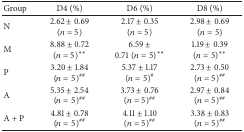
<table><thead><tr><td><b>Group</b></td><td><b>D4 (%)</b></td><td><b>D6 (%)</b></td><td><b>D8 (%)</b></td></tr></thead><tbody><tr><td>N</td><td>2.62 ± 0.69 (<i>n</i> = 5)</td><td>2.17 ± 0.35 (<i>n</i> = 5)</td><td>2.98 ± 0.69 (<i>n</i> = 5)</td></tr><tr><td>M</td><td>8.88 ± 0.72 (<i>n</i> = 5)<sup><i>∗∗</i></sup></td><td>6.59 ± 0.71(<i>n</i> = 5)<sup><i>∗∗</i></sup></td><td>1.19 ± 0.39 (<i>n</i> = 5)<sup><i>∗∗</i></sup></td></tr><tr><td>P</td><td>3.20 ± 1.84 (<i>n</i> = 5)<sup>##</sup></td><td>5.37 ± 1.17 (<i>n</i> = 5)<sup>#</sup></td><td>2.73 ± 0.50 (<i>n</i> = 5)<sup>##</sup></td></tr><tr><td>A</td><td>5.35 ± 2.54 (<i>n</i> = 5)<sup>##</sup></td><td>3.73 ± 0.76 (<i>n</i> = 5)<sup>##</sup></td><td>2.97 ± 0.84 (<i>n</i> = 5)<sup>##</sup></td></tr><tr><td>A + P</td><td>4.81 ± 0.78 (<i>n</i> = 5)<sup>##</sup></td><td>4.11 ± 1.10 (<i>n</i> = 5)<sup>##</sup></td><td>3.38 ± 0.83 (<i>n</i> = 5)<sup>##</sup></td></tr></tbody></table>